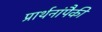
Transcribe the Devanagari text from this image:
प्रार्थनांपैकी